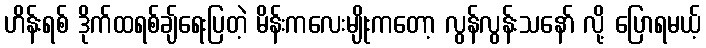
ဟိန်းရစ် ဒိုက်ထရစ်ချ်ရေးပြတဲ့ မိန်းကလေးမျိုးကတော့ လွန်လွန်းသနော် လို့ ပြောရမယ့်